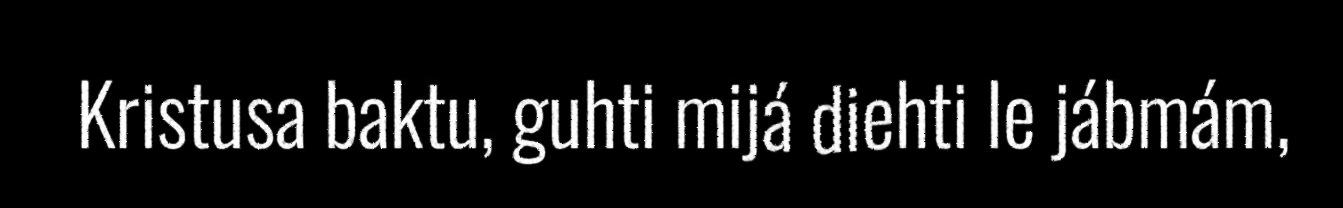
Kristusa baktu, guhti mijá diehti le jábmám,